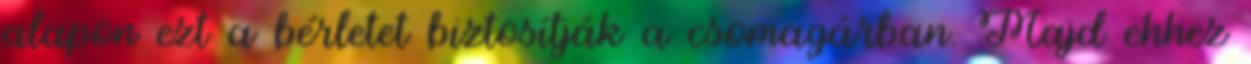
alapon ezt a bérletet biztosítják a csomagárban. Majd ehhez